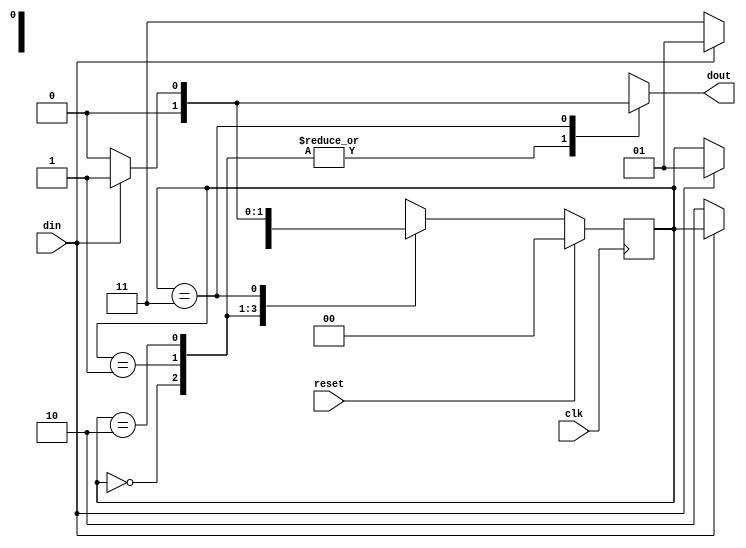
`timescale 1ns / 1ps
//////////////////////////////////////////////////////////////////////////////////
// Company: 
// Engineer: 
// 
// Design Name: 
// Module Name: mealy_overlapping
// Project Name: 
// Target Devices: 
// Tool Versions: 
// Description: 
// 
// Dependencies: 
// 
// Revision:
// Revision 0.01 - File Created
// Additional Comments:
// 
//////////////////////////////////////////////////////////////////////////////////


module mealy_overlapping(
    input din, clk, reset,
    output reg dout
);
    
    reg [1:0] current_state, next_state;
    
    parameter s0 = 2'b00;
    parameter s1 = 2'b01;
    parameter s2 = 2'b10;
    parameter s3 = 2'b11;
        
    always @(posedge clk) begin
        if (reset == 1) begin
            current_state <= s0;
        end else begin
            current_state <= next_state;
        end
    end
    
    always @(din or current_state) begin
        case (current_state)
            s0: if (din == 1) begin
                next_state = s1;
                dout = 1'b0; end
                else begin
                next_state = current_state;
                dout = 1'b0; end
                
            s1: if (din == 0) begin
                next_state = s2;
                dout = 1'b0; end
                else begin
                next_state = current_state;
                dout = 1'b0; end	 
                 
            s2: if (din == 0) begin
                next_state = s3;
                dout = 1'b0; end
                else begin
                next_state = s1;
                dout = 1'b0; end
            
            s3: if (din == 1) begin
                next_state = s1;
                dout = 1'b1; end
                else begin
                next_state = s0;
                dout = 1'b0; end	 
                 
            default: next_state = s0;
        endcase
    end
endmodule